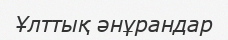
Ұлттық әнұрандар